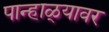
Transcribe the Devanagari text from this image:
पान्हाळ्यावर